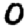
Digit: 0